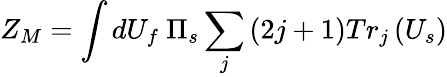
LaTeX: Z_{M}=\int dU_{f}\ \Pi_{s}\sum_{j}\left(2j+1\right)Tr_{j}\left(U_{s}\right)